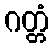
ဂတ္တံ